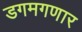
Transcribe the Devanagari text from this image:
डगमगणार